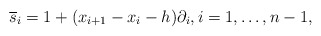
\begin{gather*} \overline{s}_i =1+ (x_{i+1}-x_{i}-h) \partial_i, i=1,\ldots,n-1, \end{gather*}